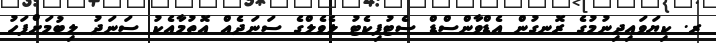
ރ. ކިޔަވައިދިނުމުގެ ރޮނގުން އެޑްވާންސްޑް ސެޓުފިކެޓު ލެވެލްގެ ސަނަދެއް އޮތުމާއެކު ސަނަދު ލިބުމަށްފަހު